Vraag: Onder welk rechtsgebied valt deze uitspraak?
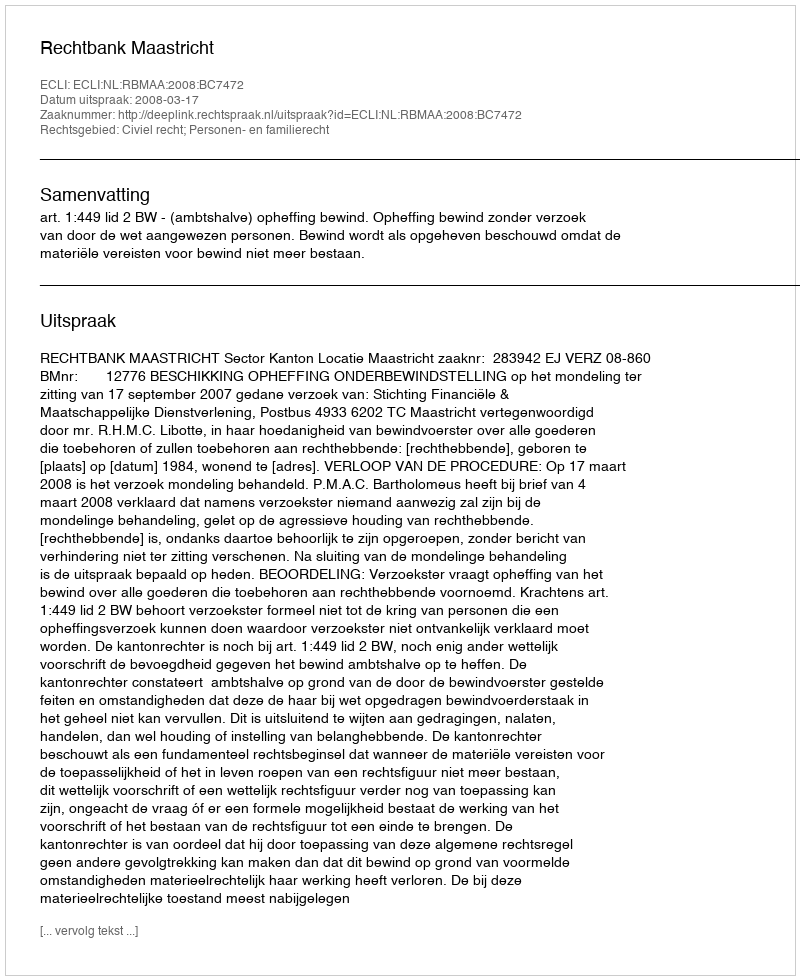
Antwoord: Civiel recht; Personen- en familierecht